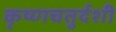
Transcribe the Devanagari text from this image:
कृष्णचतुर्दशी